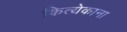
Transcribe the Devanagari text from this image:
कित्येकाना